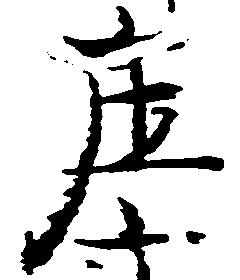
庄